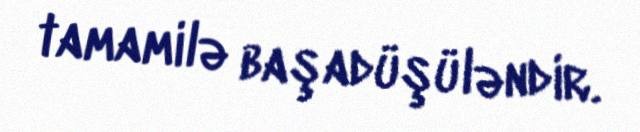
tamamilə başadüşüləndir.